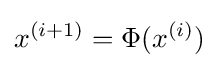
x^{(i+1)}=\Phi (x^{(i)})